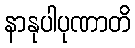
နာနုပါပုဏာတိ